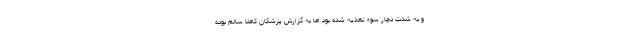
و به شدت دچار سوء تغذیه شده بود اما به گزارش پزشکان کاملاً سالم بوده